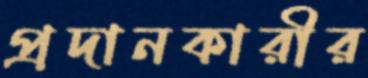
প্রদানকারীর